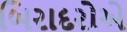
બિરાદરોએ